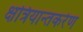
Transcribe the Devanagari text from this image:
क्षत्रियान्तकरेण